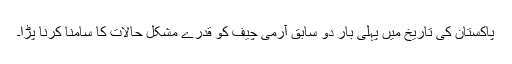
پاکستان کی تاریخ میں پہلی بار دو سابق آرمی چیف کو قدرے مشکل حالات کا سامنا کرنا پڑا۔